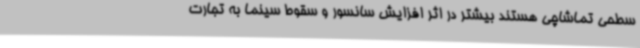
سطحی تماشاچی هستند بیشتر در اثر افزایش سانسور و سقوط سینما به تجارت